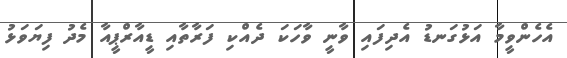
އެހެންވީމާ އަޅުގަނޑު އެދިފައި ވާނީ ވާހަކަ ދެއްކި ފަރާތާއި ޑީއާރްޕީއާ މެދު ފިޔަވަޅު